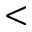
<